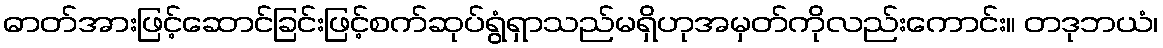
ဓာတ်အားဖြင့်ဆောင်ခြင်းဖြင့်စက်ဆုပ်ရွံရှာသည်မရှိဟုအမှတ်ကိုလည်းကောင်း။ တဒုဘယံ၊